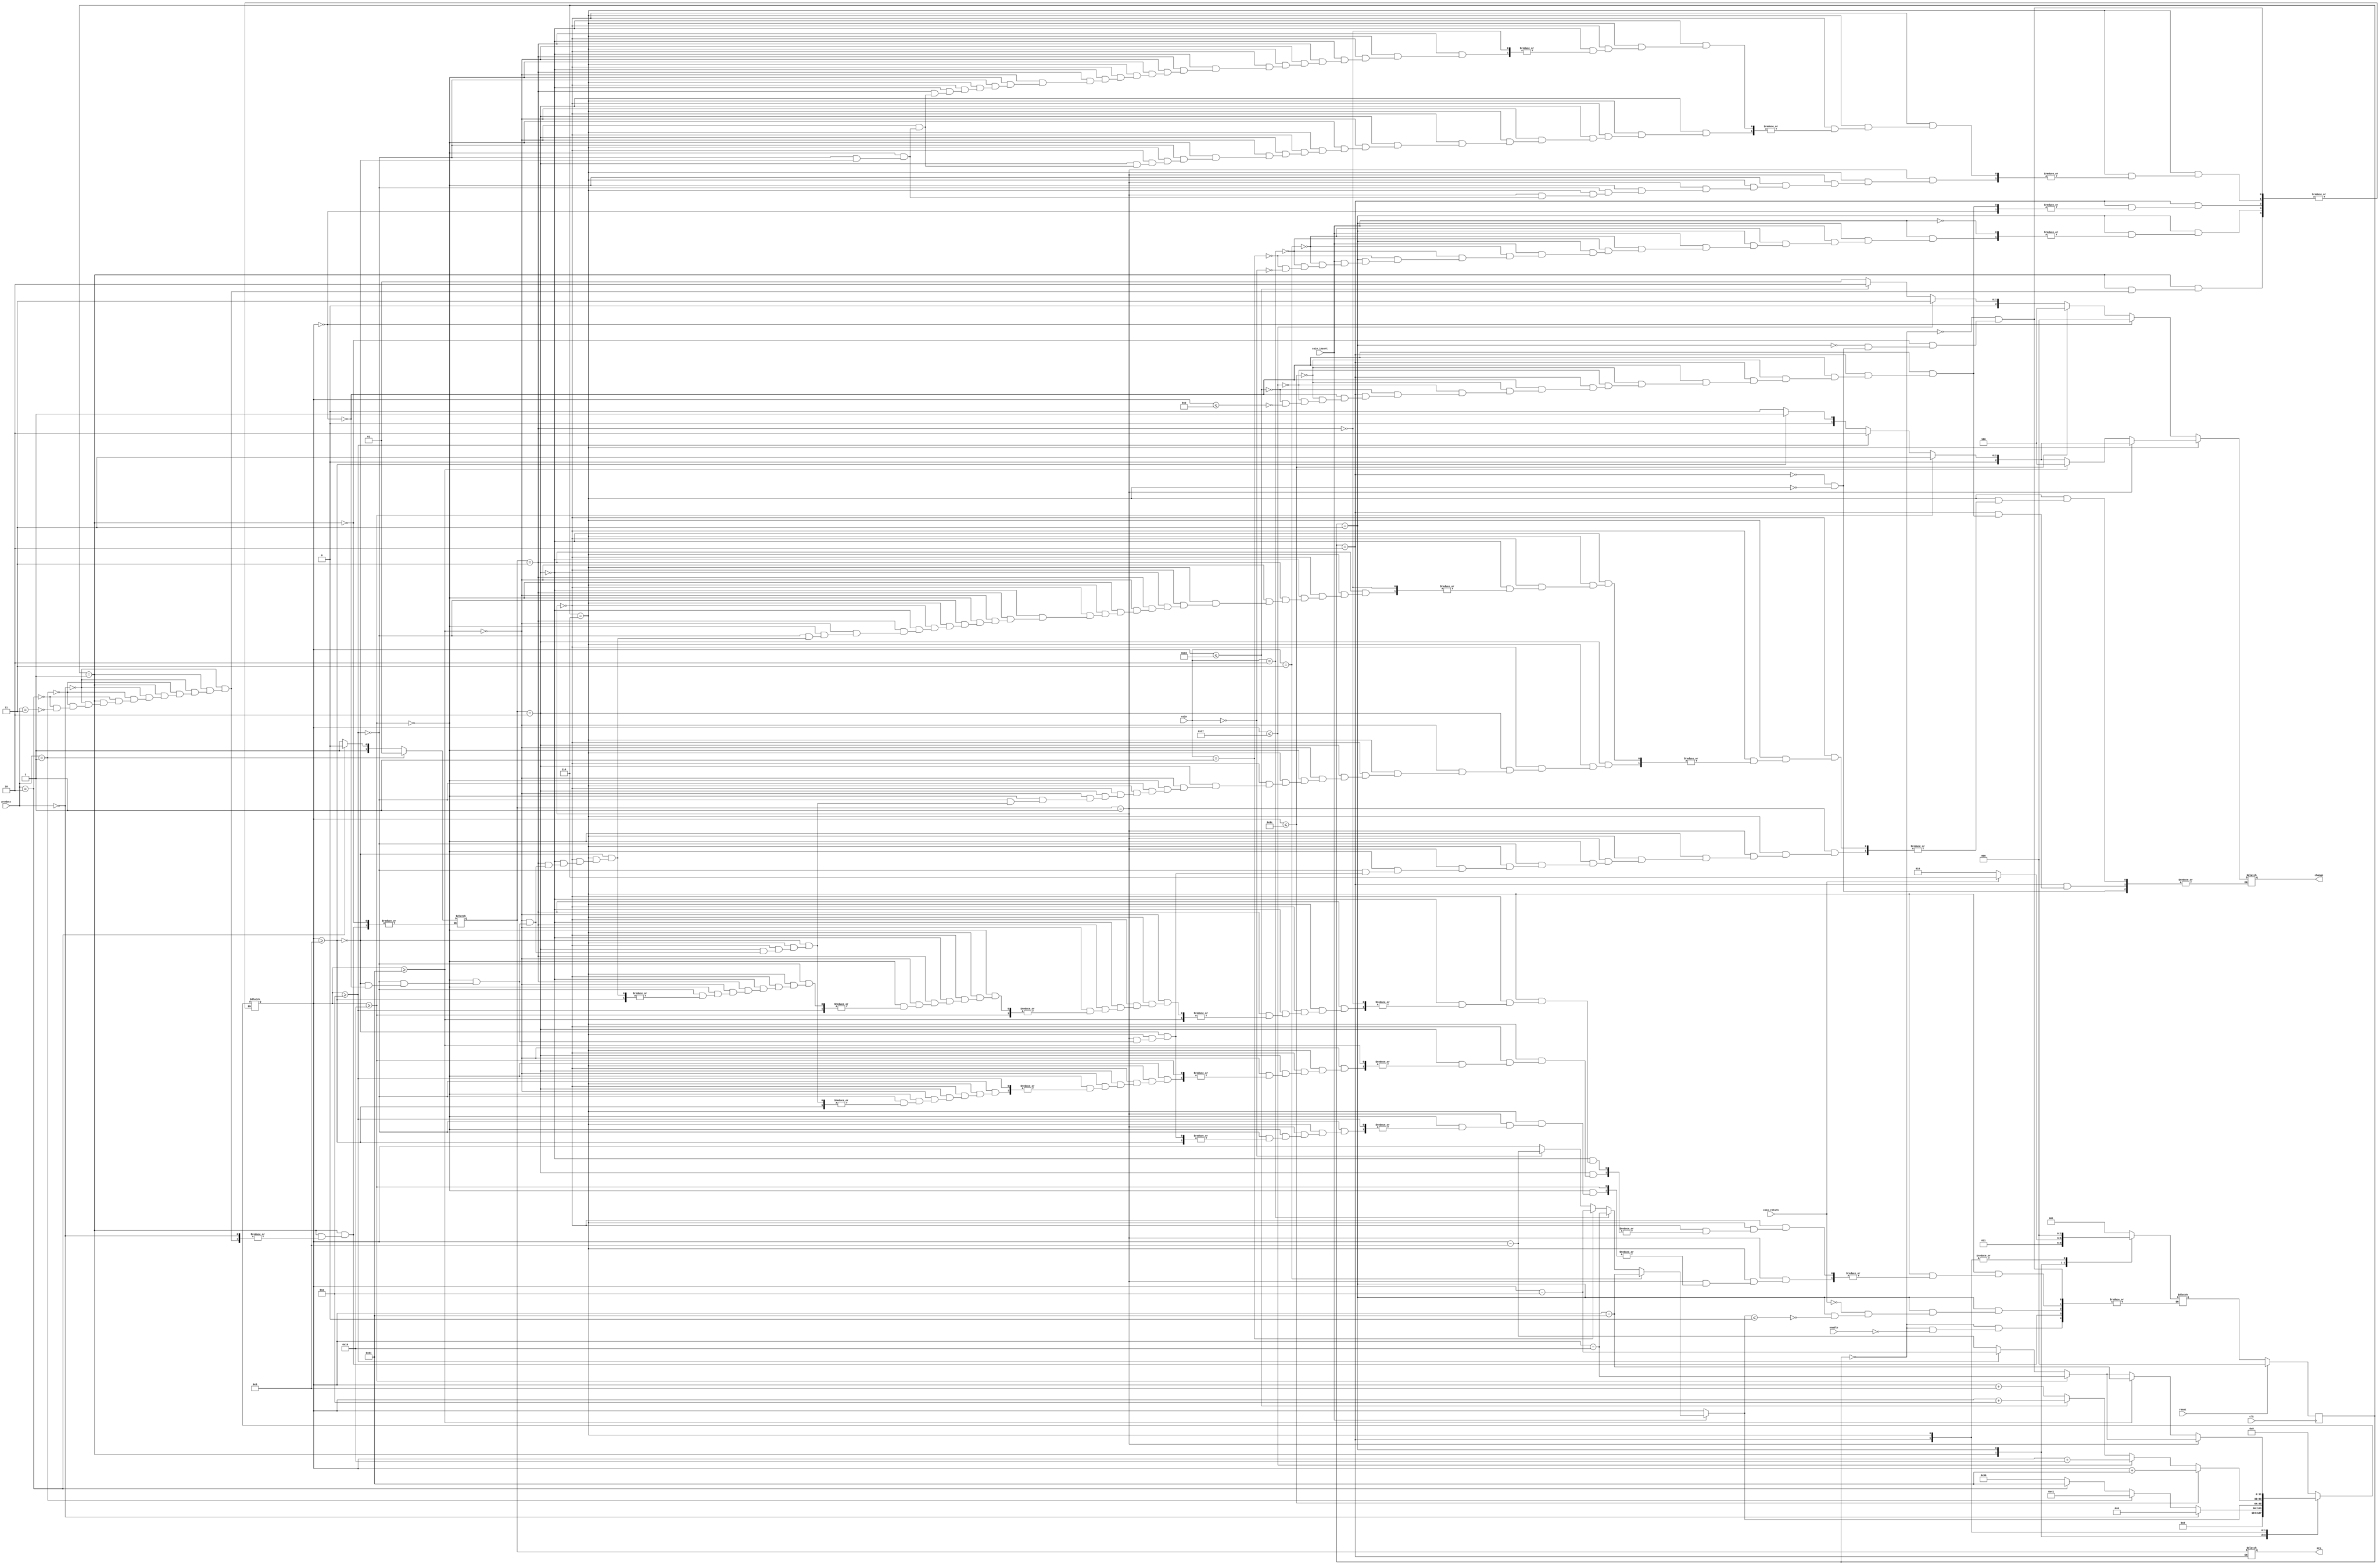
`timescale 1ns / 1ns

module vending_Controller(
	
	//00-five
	//01-ten   
	//10-quarter   
	//11-dollar
	
	input wire [1:0] coin,	 // Value of Coin
	input wire coin_insert,  // Push Button
	input wire coin_return,	 // Push Button
	input wire [1:0] product,// Input Product
	input wire enable,		 // Enable Pin
	
	input clk,					 // Input Clock
	input reset,				 // Synchronous Reset
	
	output reg [1:0] pro,	 // Output Product
	output reg [2:0] change	 // Change Return	
    );

// State Assignment for Vending Machine Controller
// Using Gray Code for State Assignment
parameter Idle = 3'b000;
parameter Choose = 3'b001;
parameter Insert = 3'b011;
parameter Vend = 3'b010;
parameter Return = 3'b110;

reg [2:0] prev_state=0;
reg [2:0] state = 0;
reg [1:0] local_pro = 0;
integer total = 0;

always@(*)begin
	case(prev_state)
	Idle : begin
				total = 0;
				if(enable == 1)
					begin
						state = Choose;
					end
				end
	Choose : begin
				if(product == 2'b00)
					begin
						total = 0;
					end 
				else if(product == 2'b01)
					begin
						local_pro = 2'b01;
						total = 65;
						state = Insert;
					end 
				else if (product == 2'b10)
					begin
						local_pro = 2'b10;
						total = 100;
						state = Insert;
					end 
				else if(product == 2'b11)
					begin
						local_pro = 2'b11;
						total = 150;
						state = Insert;
					end
				end
	Insert : begin
					if(coin_insert == 1)
						begin
							if(coin == 2'b11)
								begin
									total = total - 100;
								end 
							else if(coin == 2'b10)
								begin
									total = total - 25;
								end 
							else if(coin == 2'b01)
								begin
									total = total - 10;
								end 
							else if(coin == 2'b00)
								begin
									total = total - 5;
								end
						end
			 
			 //coin_insert = 0;
					
					if(total <= 0)
						begin
							state = Vend;
						end
					if(coin_return == 1)
						begin
							state = Return;
						end
				end
	Vend : begin
				pro = local_pro;
				if(total == 0)
					begin
						change = 0;
					end 
				else
					begin
						if(total <= -100)
							begin
								total = total + 100;
								change = 3'b100;
							end
						else if(total <= -25)
							begin
								total = total + 25;
								change = 3'b011;
							end 
						else if(total <= -10)
							begin
								total = total + 10;
								change = 3'b010;
							end 
						else if(total <= -5)
							begin
								total = total + 5;
								change = 3'b001;
							end
					end
				state = Idle;
			end
	Return : begin
					if(local_pro == 2'b01)
						begin
							if(total >= 25)
								begin
									total = total - 25;
									change = 3'b011;
								end 
							else if(total >= 10)
								begin
									total = total - 10;
									change = 3'b010;
								end 
							else if(total >= 5)
								begin
									total = total - 5;
									change = 3'b001;
								end 
							else if(total == 0)
								begin
									change = 0;
									state = Idle;
								end
						end 
					else if(local_pro == 2'b10)
						begin
							if(total >= 100)
								begin
									total = total - 100;
									change = 3'b100;
								end 
							else if(total >= 25)
								begin
									total = total - 25;
									change = 3'b011;
								end 
							else if(total >= 10)
								begin
									total = total - 10;
									change = 3'b010;
								end 
							else if(total >= 5)
								begin
									total = total - 5;
									change = 3'b001;
								end 
							else if(total == 0)
								begin
									change = 0;
									state = Idle;
								end
						end 
					else if(local_pro == 2'b11)
						begin
							if(total >= 100)
								begin
									total = total - 100;
									change = 3'b100;
								end 
							else if(total >= 25)
								begin
									total = total - 25;
									change = 3'b011;
								end 
							else if(total >= 10)
								begin
									total = total - 10;
									change = 3'b010;
								end 
							else if(total >= 5)
								begin
									total = total - 5;
									change = 3'b001;
								end 
							else if(total == 0)
								begin
									change = 0;
									state = Idle;
								end
				end
			end
		endcase
	end
	
always@(posedge clk)
	begin : FSM
		if(reset == 1)
			begin
				prev_state <= Idle;
			end
		else
			begin
				prev_state <= state;
			end
	end
endmodule